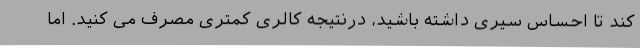
کند تا احساس سیری داشته باشید، درنتیجه کالری کمتری مصرف می کنید. اما